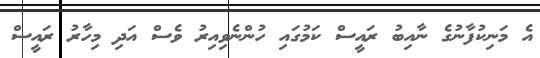
އެ މަނިކުފާނުގެ ނާއިބު ރައީސް ކަމުގައި ހުންނެވިއިރު ވެސް އަދި މިހާރު ރައީސް